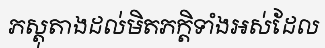
ភស្តុតាងដល់មិតភក្តិទាំងអស់ដែល